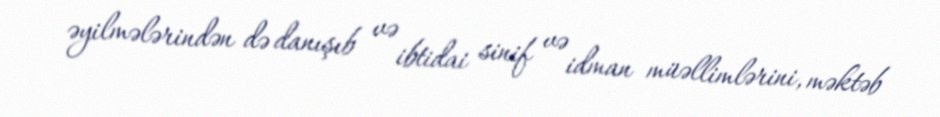
əyilmələrindən də danışıb və ibtidai sinif və idman müəllimlərini, məktəb